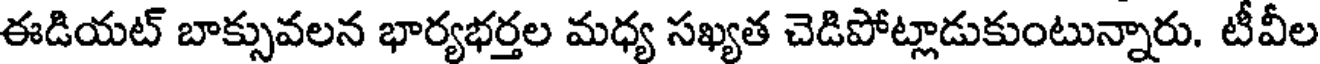
ఈడియట్ బాక్సువలన భార్యభర్తల మధ్య సఖ్యత చెడిపోట్లాడుకుంటున్నారు. టీవీల